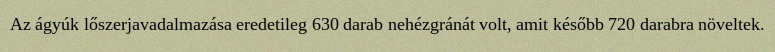
Az ágyúk lőszerjavadalmazása eredetileg 630 darab nehézgránát volt, amit később 720 darabra növeltek.